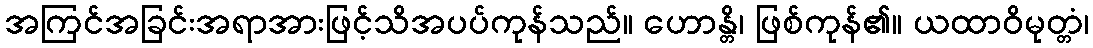
အကြင်အခြင်းအရာအားဖြင့်သိအပပ်ကုန်သည်။ ဟောန္တိ၊ ဖြစ်ကုန်၏။ ယထာဝိမုတ္တံ၊